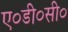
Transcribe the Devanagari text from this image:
ए०डी०सी०